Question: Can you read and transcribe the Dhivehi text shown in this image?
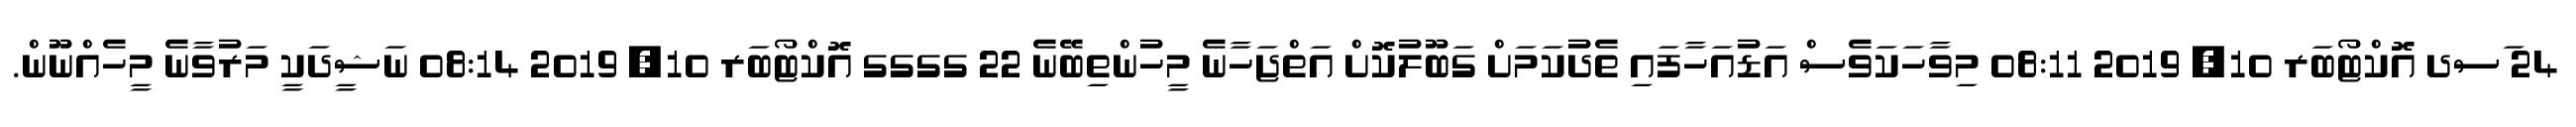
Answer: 24 ަސދ އޮކްޓޯބަރ 10, 2019 08:11 މިވާހަކަވެސް އަޑުއަހާފައި ތެދުކަމަށް ގަބޫލުކޮށް އަތްޖަހާނެ މީހުންތިބޭނެ 22 ގގގގ އޮކްޓޯބަރ 10, 2019 08:14 ނަޝީދަކީ މަރުވާނެ މީހެއްނޫން.